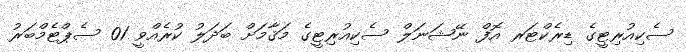
ސެކިއުރިޓީގެ ޑިރެކްޓަރ އޮފް ނޭޝަނަލް ސެކިއުރިޓީގެ މަޤާމަށް ބަދަލު ކުރެއްވީ 01 ސެޕްޓެމްބަރު